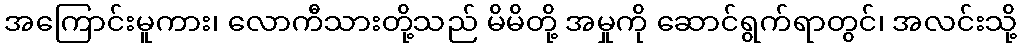
အကြောင်းမူကား၊ လောကီသားတို့သည် မိမိတို့ အမှုကို ဆောင်ရွက်ရာတွင်၊ အလင်းသို့